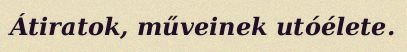
Átiratok, műveinek utóélete.